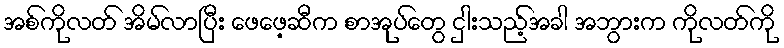
အစ်ကိုလတ် အိမ်လာပြီး ဖေဖေ့ဆီက စာအုပ်တွေ ငှါးသည့်အခါ အဘွားက ကိုလတ်ကို